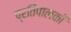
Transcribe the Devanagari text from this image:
प्रतिपालकों